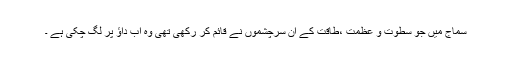
سماج میں جو سطوت و عظمت ،طاقت کے ان سرچشموں نے قائم کر رکھی تھی وہ اب داؤ پر لگ چکی ہے ۔